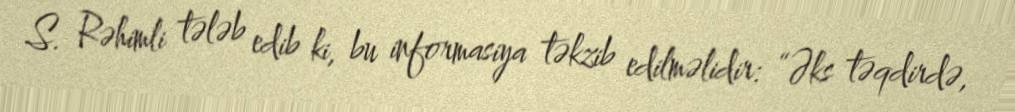
S. Rəhimli tələb edib ki, bu informasiya təkzib edilməlidir: “Əks təqdirdə,